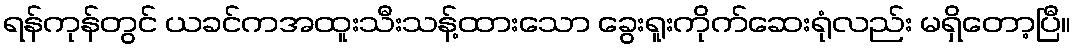
ရန်ကုန်တွင် ယခင်ကအထူးသီးသန့်ထားသော ခွေးရူးကိုက်ဆေးရုံလည်း မရှိတော့ပြီ။